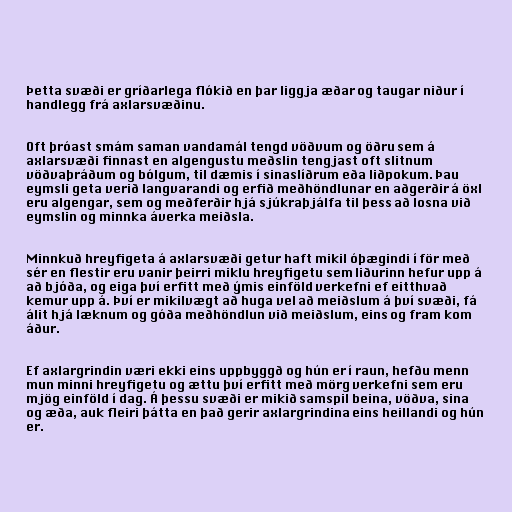
Þetta svæði er gríðarlega flókið en þar liggja æðar og taugar niður í
handlegg frá axlarsvæðinu.

Oft þróast smám saman vandamál tengd vöðvum og öðru sem á
axlarsvæði finnast en algengustu meðslin tengjast oft slitnum
vöðvaþráðum og bólgum, til dæmis í sinaslíðrum eða liðpokum. Þau
eymsli geta verið langvarandi og erfið meðhöndlunar en aðgerðir á öxl
eru algengar, sem og meðferðir hjá sjúkraþjálfa til þess að losna við
eymslin og minnka áverka meiðsla.

Minnkuð hreyfigeta á axlarsvæði getur haft mikil óþægindi í för með
sér en flestir eru vanir þeirri miklu hreyfigetu sem liðurinn hefur upp á
að bjóða, og eiga því erfitt með ýmis einföld verkefni ef eitthvað
kemur upp á. Því er mikilvægt að huga vel að meiðslum á því svæði, fá
álit hjá læknum og góða meðhöndlun við meiðslum, eins og fram kom
áður.

Ef axlargrindin væri ekki eins uppbyggð og hún er í raun, hefðu menn
mun minni hreyfigetu og ættu því erfitt með mörg verkefni sem eru
mjög einföld í dag. Á þessu svæði er mikið samspil beina, vöðva, sina
og æða, auk fleiri þátta en það gerir axlargrindina eins heillandi og hún
er.